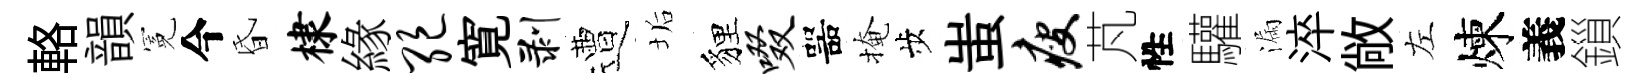
輅韻冕今昏棣緣绝寛剥遭垢貍啜噐掩歩蚩瘦芃性驩漏淬敞左煉義鎻